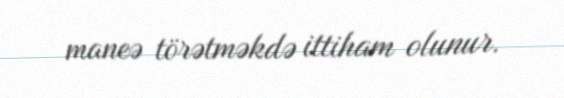
maneə törətməkdə ittiham olunur.